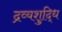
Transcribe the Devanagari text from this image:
द्रव्यशुद्धि